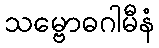
သမ္ဗောဓဂါမီနံ